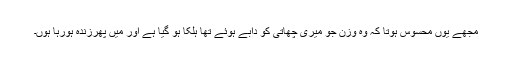
مجھے یوں محسوس ہوتا کہ وہ وزن جو میری چھاتی کو دابے ہوئے تھا ہلکا ہو گیا ہے اور میں پھرزندہ ہورہا ہوں۔